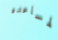
لمساعده